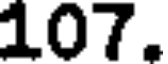
107.